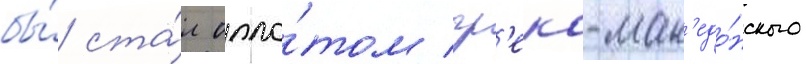
бы́ ста́л опло́том гр'еко-мак'едо́нского